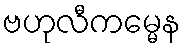
ဗဟုလီကမ္မေန